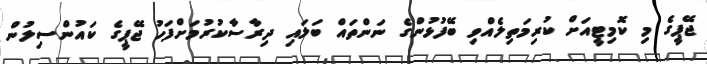
ޖޭޕީގެ މި ކޮމިޓީއަށް ކުރިމަތިލެއްވި ބޭފުޅުންގެ ނަންތައް ބަލައި ދިރާސާކުރުމަށްފަހު ޖޭޕީގެ ކައުންސިލުން